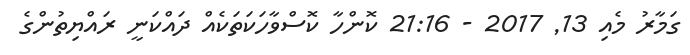
ގަމާރު މެއި 13